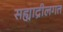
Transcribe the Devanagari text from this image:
सह्याद्रीलगत